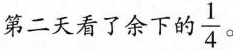
第二天看了余下的 \frac{1}{4}。